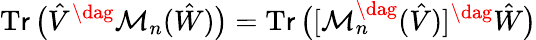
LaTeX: \operatorname{T\mathsf{r}}\big(\hat{{V}}^{\dag}\mathcal{{M}}_{n}(\hat{{W}})\big)=\operatorname{T\mathsf{r}}\big([\mathcal{{M}}_{n}^{\dag}(\hat{{V}})]^{\dag}\hat{{W}}\big)